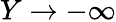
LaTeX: Y\rightarrow-\infty